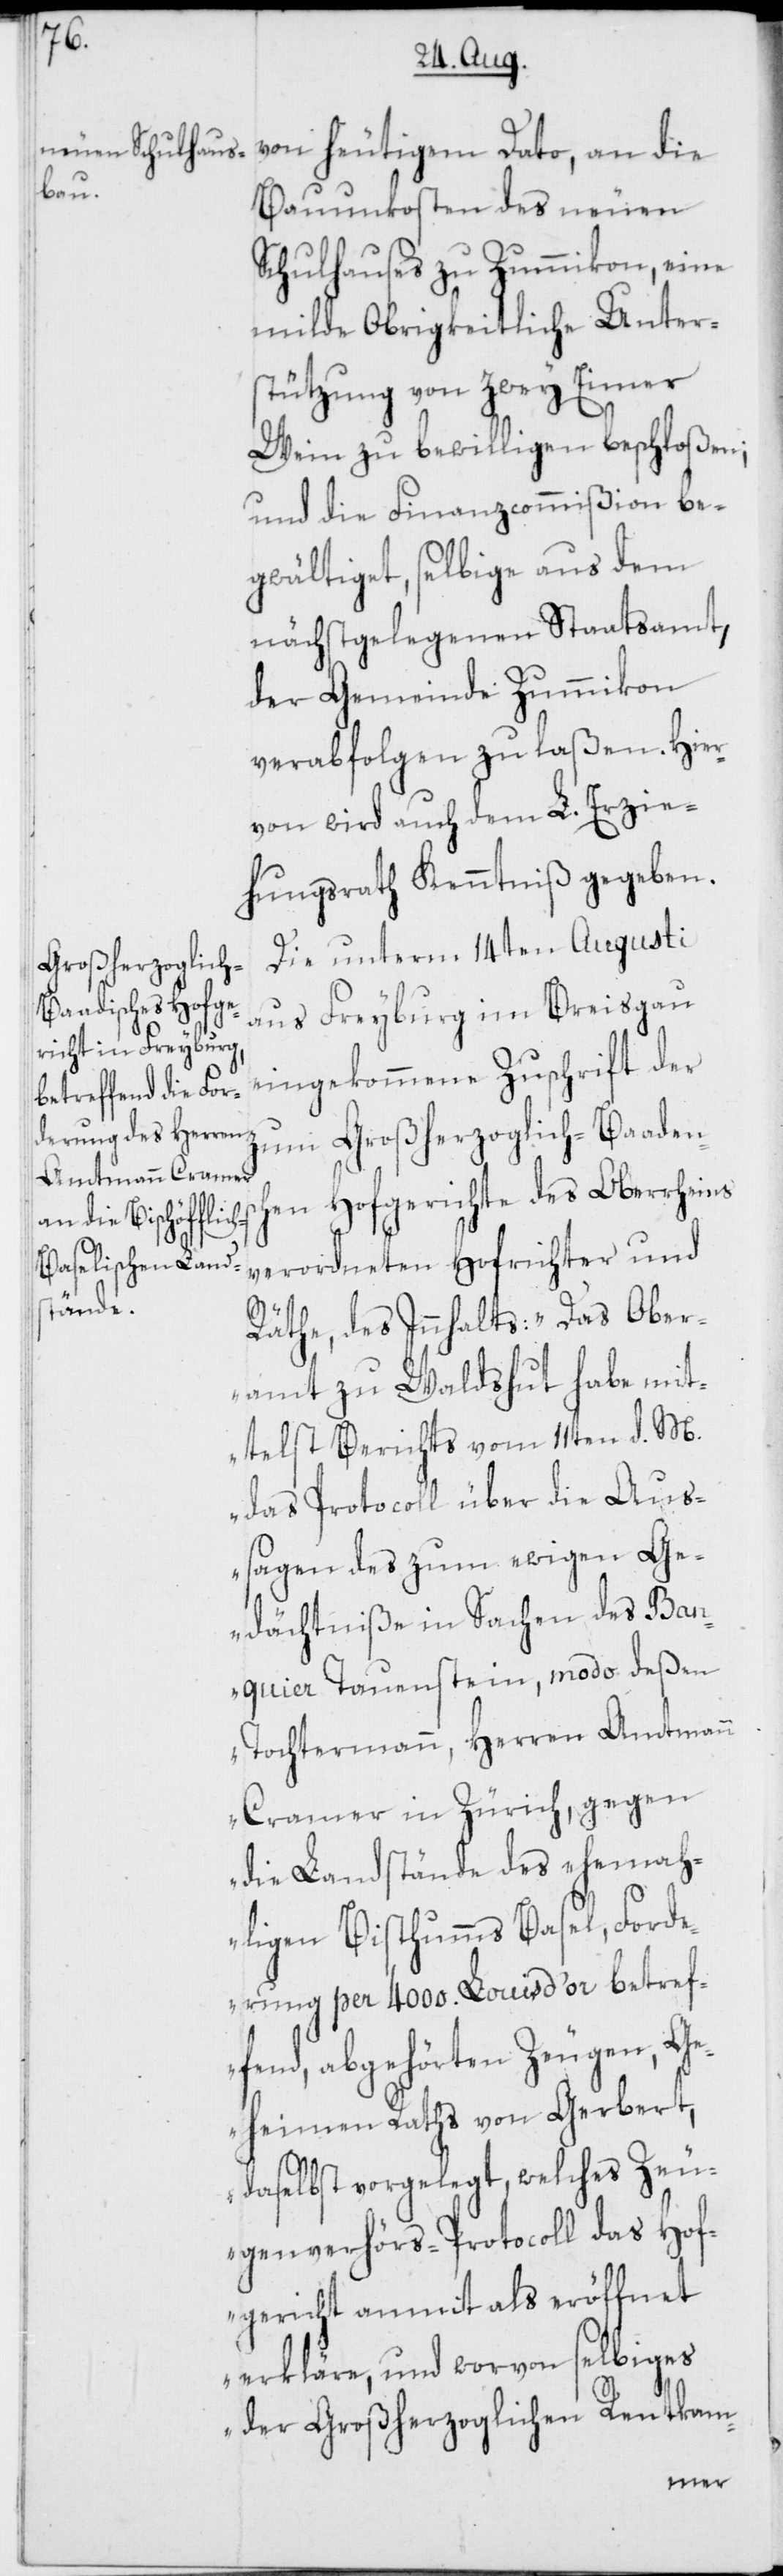
von heutigem Dato, an die
Bauunkosten des neuen
Schulhauses zu Zummikon, eine
milde Obrigkeitliche Unter¬
stützung von zwey Eimer
Wein zu bewilligen beschloßen;
und die Finanzcommißion be¬
gwältiget, selbige aus dem
nächstgelegenen Staatsamt,
der Gemeinde Zummikon
verabfolgen zu laßen. Hier¬
von wird auch dem L. Erzie¬
hungsrath Kenntniß gegeben.
Die unterm 14ten Augusti
aus Freyburg im Breisgau
eingekommene Zuschrift der
zum Großherzoglich-Baadens¬
chen Hofgerichte des Oberrheins
verordneten Hofrichter und
Räthe, des Innhalts: „Das Ober¬
amt zu Waldshut habe mit¬
telst Berichts vom 11ten d. M.
das Protocoll über die Aus¬
sagen des zum ewigen Ge¬
dächtniße in Sachen des Ban¬
quier Tauenstein, modo deßen
Tochtermann, Herren Amtmann
Cramer in Zürich, gegen
die Landstände des ehemah¬
ligen Bisthumms Basel, Forde¬
rung per 4000. Louis d’or betref¬
fend, abgehörten Zeugen, Ge¬
heimen Raths von Gebert,
daselbst vorgelegt, welches Zeu¬
genverhörs-Protocoll das Hof¬
gericht anmit als eröffnet
erkläre, und worvon selbiges
der Großherzoglichen Rentkam-